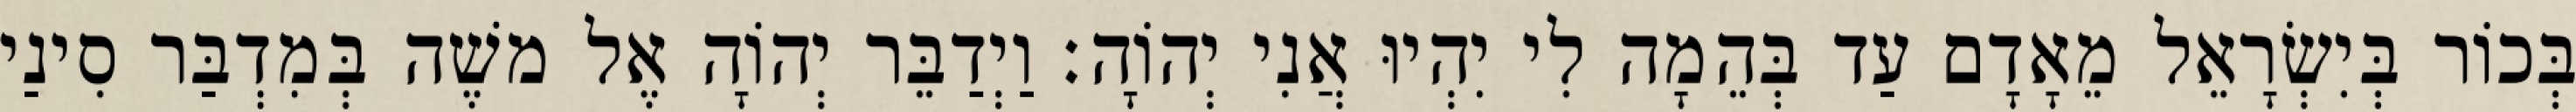
בְּכוֹר בְּיִשְׂרָאֵל מֵאָדָם עַד בְּהֵמָה לִי יִהְיוּ אֲנִי יְהוָֹה׃ וַיְדַבֵּר יְהוָֹה אֶל משֶׁה בְּמִדְבַּר סִינַי